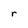
Character: r